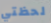
لحظتي